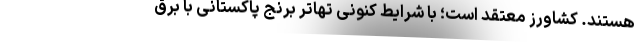
هستند. کشاورز معتقد است؛ با شرایط کنونی تهاتر برنج پاکستانی با برق